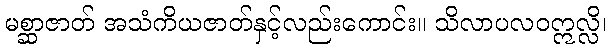
မစ္ဆာဇာတ် အသံကိယဇာတ်နှင့်လည်းကောင်း။ သိလာပလဝဣလ္လိ၊